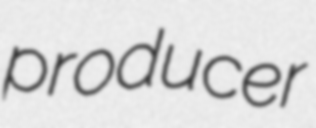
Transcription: producer